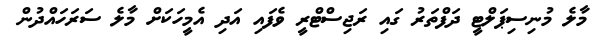
މާލެ މުނިސިޕަލްޓީ ދަފްތަރު ގައި ރަޖިސްޓްރީ ވެފައި އަދި އެމީހަކަށް މާލެ ސަރަހައްދުން